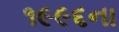
૧૯૯૬ના